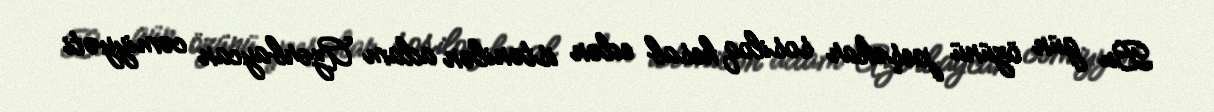
Bu gün özünü peşəkar sosiloq hesab edən istənilən adam Azərbaycan cəmiyyəti